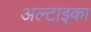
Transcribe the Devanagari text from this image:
अल्टाइका